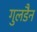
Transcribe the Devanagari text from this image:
गुलडैन